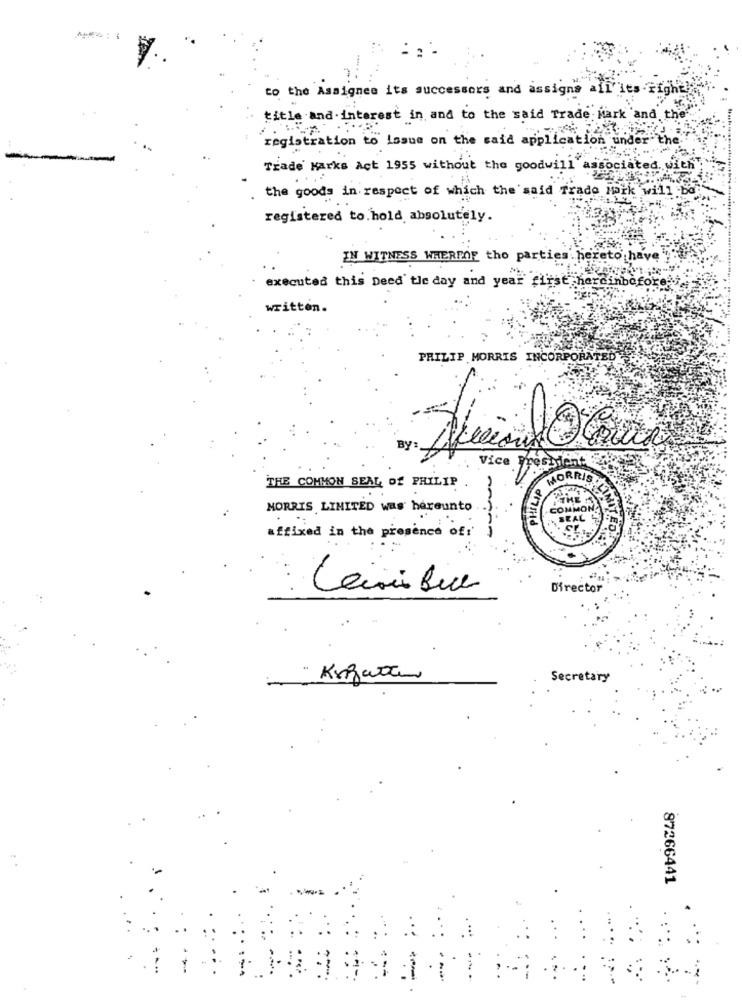
to the Assignee its successors and assigns all its right
title and interest in and to the said Trade Mark and the
registration to issue on the said application under the
Trade Marks Act 1955 without the goodwill as
with
the goods in respect of which the said Trade mark will
registered to.hold, absolutely.
IN WITNESS WHEREOF tho parties hereto have
executed this Deed' tle day and year first herci
written.
PHILIP MORRIS INCORPORATED
Vice Presbient
THE COMMON SEAL Of PHILIP
MORRIS LIX
MORRIS LIMITED was hereunto
SEAL
affixed in the presence of
1
Director
Secretary
87266441